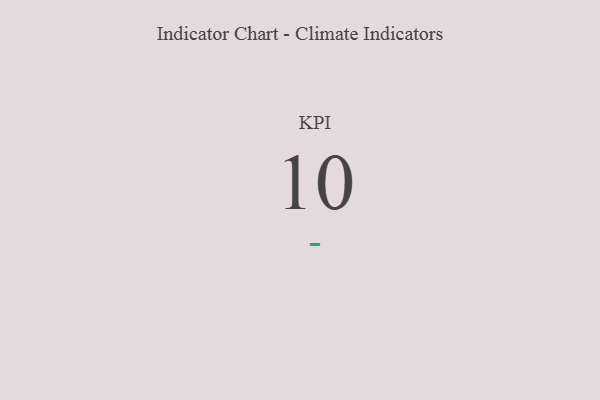
{"axis": {"x": "KPI", "y": "Value"}, "legend": [""], "data": [{"x": "KPI", "y": 10, "type": ""}]}